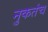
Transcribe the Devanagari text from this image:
नुकतंच